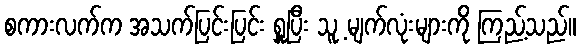
စကားလက်က အသက်ပြင်းပြင်း ရှူပြီး သူ့ မျက်လုံးများကို ကြည့်သည်။